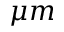
\mu m